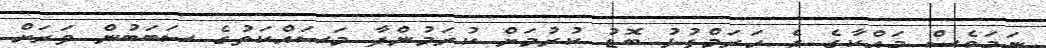
ނަމަވެސް މައްކާގެ ދެ ހަރަމްފުޅު ބޮޑު ކުރުމަށް ކުރަމުންދާ މަސައްކަތުގެ ސަބަބުން ވަރަށް